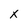
Character: x